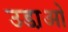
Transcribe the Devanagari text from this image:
उडा़ओ